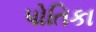
પોતિકા